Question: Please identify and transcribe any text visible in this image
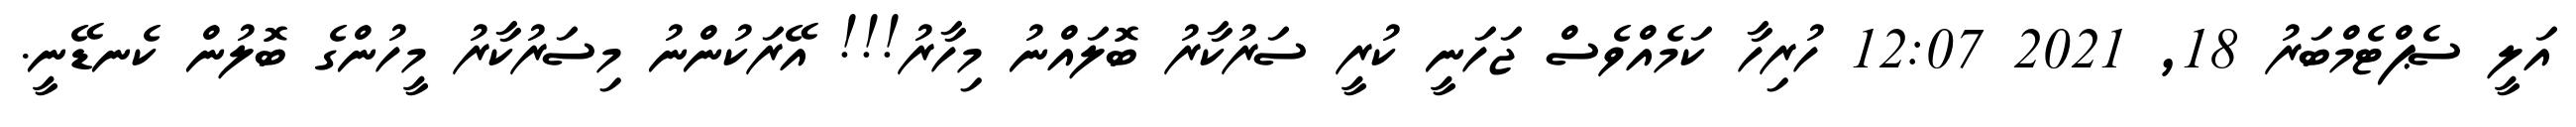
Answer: އަލީ ސެޕްޓެމްބަރު 18, 2021 12:07 ހުރިހާ ކަމެއްވެސް ޖަހަނީ ކުރީ ސަރުކާރު ބޮލައްނު މިހާރު!!! އޭރަކުންނު މިސަރުކާރު މީހުންގެ ބޮލުން ކެނޑޭނީ.